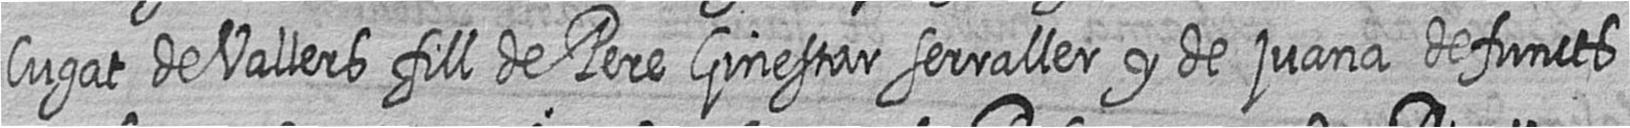
Cugat de Vallers fill de Pere Ginestar serraller y de juana defuncts